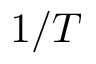
1 / T